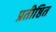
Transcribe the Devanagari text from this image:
प्रतीष्ठित